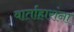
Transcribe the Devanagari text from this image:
वार्ताहारांना